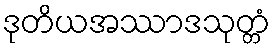
ဒုတိယအဿာဒသုတ္တံ